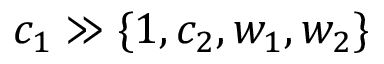
c _ { 1 } \gg \{ 1 , c _ { 2 } , w _ { 1 } , w _ { 2 } \}